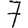
Digit: 7